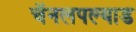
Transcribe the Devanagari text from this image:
चॅनलपल्याड